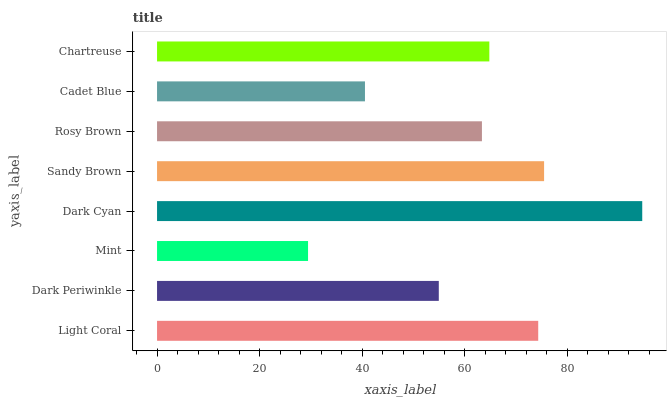
| yaxis_label | bars |
 | --- | --- |
 | Light Coral | 74.4 |
 | Dark Periwinkle | 55 |
 | Mint | 29.5 |
 | Dark Cyan | 94.7 |
 | Sandy Brown | 75.5 |
 | Rosy Brown | 63.4 |
 | Cadet Blue | 40.6 |
 | Chartreuse | 64.8 |